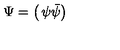
\Psi = \left( \begin{matrix} { \psi } \\ { \bar { \psi } } \\ \end{matrix} \right)